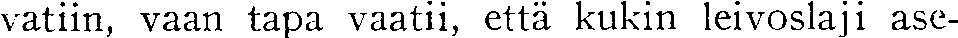
vatiin, vaan tapa vaatii, että kukin leivoslaji ase-